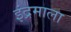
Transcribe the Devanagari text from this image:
इंद्रमाला